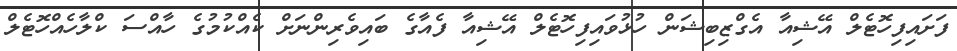
ފަށައިފިހޮޓެލް އޭޝިއާ އެގްޒިބިޝަން ހުޅުވައިފިހޮޓެލް އޭޝިއާ ފެއާގެ ބައިވެރިންނަށް ކެއްކުމުގެ ހާއްސަ ކްލާހެއްހޮޓެލް